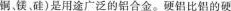
铜、镁、硅)是用途广泛的铝合金。硬铝比铝的硬